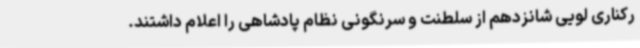
رکناری لویی شانزدهم از سلطنت و سرنگونی نظام پادشاهی را اعلام داشتند.